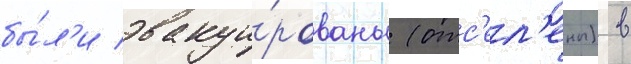
бы́л'и эвакуи́рованы (отс'ел'ены) в